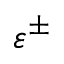
\varepsilon ^ { \pm }